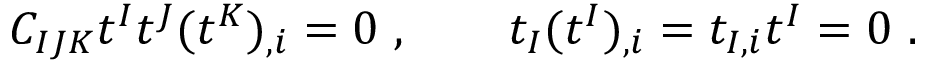
C _ { I J K } t ^ { I } t ^ { J } ( t ^ { K } ) _ { , i } = 0 \ , \qquad t _ { I } ( t ^ { I } ) _ { , i } = t _ { I , i } t ^ { I } = 0 \ .